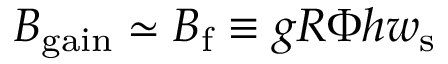
B _ { \mathrm { g a i n } } \simeq B _ { \mathrm { f } } \equiv g R \Phi h w _ { \mathrm { s } }